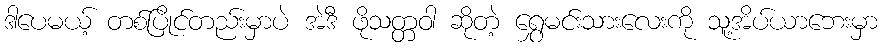
ဒါပေမယ့် တစ်ပြိုင်တည်းမှာပဲ အဲဒီ ဖိုသတ္တဝါ ဆိုတဲ့ ရွှေမင်းသားလေးကို သူ့အိပ်ယာဘေးမှာ